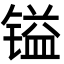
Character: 镒